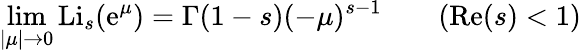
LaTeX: \operatorname*{lim}_{|\mu|\to0}\operatorname{Li}_{s}(\mathrm{e}^{\mu})=\Gamma(1-s)(-\mu)^{s-1}\qquad(\operatorname{R\mathrm{e}}(s)<1)